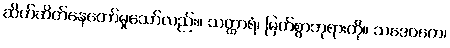
ဆိတ်ဆိတ်နေတော်မူသော်လည်း။ သတ္ထာရံ၊ မြတ်စွာဘုရားကို။ သဒေဝကေ၊